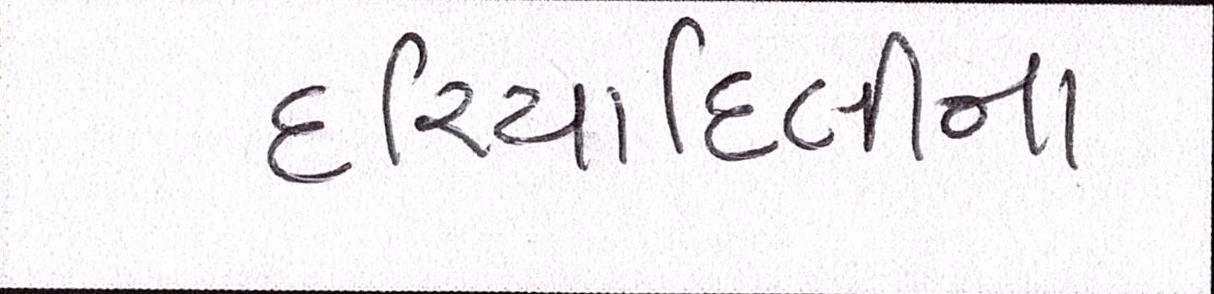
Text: દરિયાદિલીના